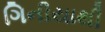
ગિનીયાથી